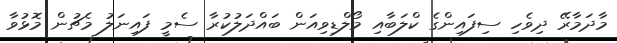
މާދަމާރޭ ދިވެހި ސިފައިންގެ ކްލަބާއި މޯލްޑިވިއަން ބައްދަލުކުރާ ސެމީ ފައިނަލު މެޗުން މޮޅުވާ